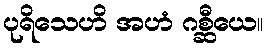
ပုရိသေဟိ အဟံ ဂစ္ဆီယေ။